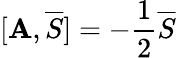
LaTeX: [\mathbf{A},{\overline{{{S}}}}]=-{\frac{{1}}{{2}}}{\overline{{{S}}}}